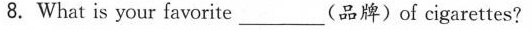
8.What is your favorite ___ (品牌) of cigarettes?